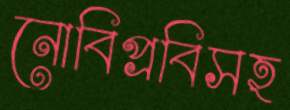
নোবিপ্রবিসহ